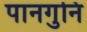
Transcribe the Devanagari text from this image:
पानगुनि